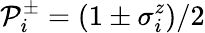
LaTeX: \mathcal{P}_{i}^{\pm}=(1\pm\sigma_{i}^{z})/2